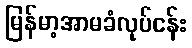
မြန်မာ့အာမခံလုပ်ငန်း